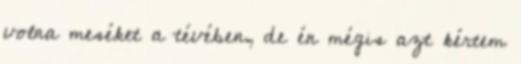
volna meséket a tévében, de én mégis azt kértem